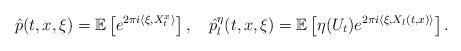
LaTeX: \begin{align*}\hat{p}(t,x,\xi)=\mathbb{E}\left[e^{2\pi i\langle \xi, X_t^x\rangle}\right],\quad\hat{p}_l^\eta(t,x,\xi)=\mathbb{E}\left[\eta(U_t)e^{2\pi i\langle \xi, X_l(t,x)\rangle}\right].\end{align*}